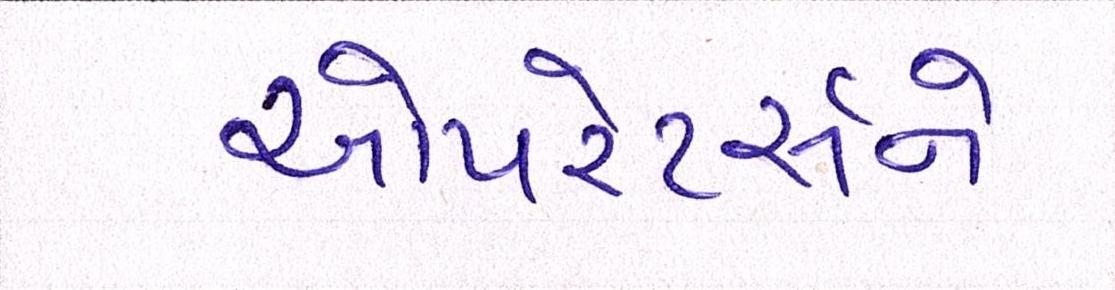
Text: ઓપરેટર્સને